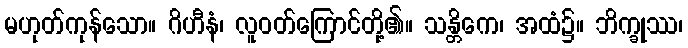
မဟုတ်ကုန်သော။ ဂိဟီနံ၊ လူဝတ်ကြောင်တို့၏။ သန္တိကေ၊ အထံ၌။ ဘိက္ခုဿ၊